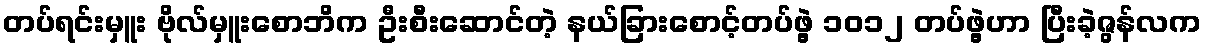
တပ်ရင်းမှူး ဗိုလ်မှူးစောဘိက ဦးစီးဆောင်တဲ့ နယ်ခြားစောင့်တပ်ဖွဲ့ ၁၀၁၂ တပ်ဖွဲ့ဟာ ပြီးခဲ့ဇွန်လက